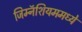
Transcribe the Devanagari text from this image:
जिम्नॅशियममध्ये